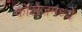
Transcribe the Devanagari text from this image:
कॉलेजमध्‍ये